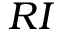
R I